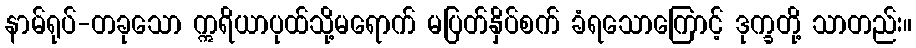
နာမ်ရုပ်-တခုသော ဣရိယာပုထ်သို့မရောက် မပြတ်နှိပ်စက် ခံရသောကြောင့် ဒုက္ခတို့ သာတည်း။